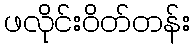
ဖလိုင်းဝိတ်တန်း